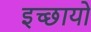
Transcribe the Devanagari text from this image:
इच्छायो